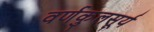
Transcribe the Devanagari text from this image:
वर्णकुलसूर्य